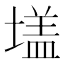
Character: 𭏦